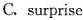
C.suprise